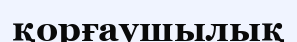
қорғаушылық